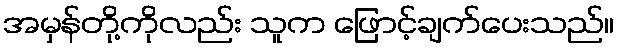
အမှန်တို့ကိုလည်း သူက ဖြောင့်ချက်ပေးသည်။